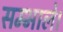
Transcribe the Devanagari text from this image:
सम्भाले।